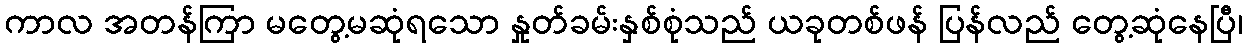
ကာလ အတန်ကြာ မတွေ့မဆုံရသော နှုတ်ခမ်းနှစ်စုံသည် ယခုတစ်ဖန် ပြန်လည် တွေ့ဆုံနေပြီ၊